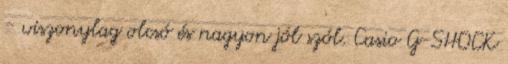
- viszonylag olcsó és nagyon jól szól. Casio G-SHOCK